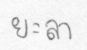
ยะลา